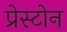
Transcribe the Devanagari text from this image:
प्रेस्टोन